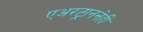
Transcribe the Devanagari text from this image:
एअरट्राननेही